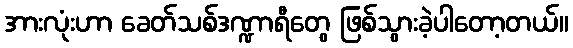
အားလုံးဟာ ခေတ်သစ်ဒဏ္ဍာရီတွေ ဖြစ်သွားခဲ့ပါတော့တယ်။